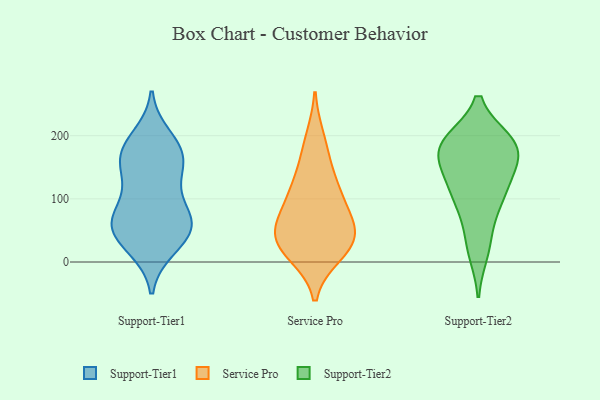
{"axis": {"x": "Temperature (°C)", "y": "Value"}, "legend": ["Service Pro", "Support-Tier1", "Support-Tier2"], "data": [{"x": "", "y": 22, "type": "Support-Tier1"}, {"x": "", "y": 50, "type": "Support-Tier1"}, {"x": "", "y": 51, "type": "Support-Tier1"}, {"x": "", "y": 164, "type": "Support-Tier1"}, {"x": "", "y": 24, "type": "Support-Tier1"}, {"x": "", "y": 168, "type": "Support-Tier1"}, {"x": "", "y": 186, "type": "Support-Tier1"}, {"x": "", "y": 64, "type": "Support-Tier1"}, {"x": "", "y": 125, "type": "Support-Tier1"}, {"x": "", "y": 76, "type": "Support-Tier1"}, {"x": "", "y": 168, "type": "Support-Tier1"}, {"x": "", "y": 61, "type": "Support-Tier1"}, {"x": "", "y": 120, "type": "Support-Tier1"}, {"x": "", "y": 198, "type": "Support-Tier1"}, {"x": "", "y": 158, "type": "Support-Tier1"}, {"x": "", "y": 56, "type": "Support-Tier1"}, {"x": "", "y": 75, "type": "Support-Tier1"}, {"x": "", "y": 100, "type": "Service Pro"}, {"x": "", "y": 46, "type": "Service Pro"}, {"x": "", "y": 33, "type": "Service Pro"}, {"x": "", "y": 73, "type": "Service Pro"}, {"x": "", "y": 196, "type": "Service Pro"}, {"x": "", "y": 41, "type": "Service Pro"}, {"x": "", "y": 122, "type": "Service Pro"}, {"x": "", "y": 112, "type": "Service Pro"}, {"x": "", "y": 61, "type": "Service Pro"}, {"x": "", "y": 37, "type": "Service Pro"}, {"x": "", "y": 13, "type": "Service Pro"}, {"x": "", "y": 162, "type": "Service Pro"}, {"x": "", "y": 12, "type": "Service Pro"}, {"x": "", "y": 187, "type": "Support-Tier2"}, {"x": "", "y": 182, "type": "Support-Tier2"}, {"x": "", "y": 17, "type": "Support-Tier2"}, {"x": "", "y": 158, "type": "Support-Tier2"}, {"x": "", "y": 102, "type": "Support-Tier2"}, {"x": "", "y": 174, "type": "Support-Tier2"}, {"x": "", "y": 187, "type": "Support-Tier2"}, {"x": "", "y": 139, "type": "Support-Tier2"}, {"x": "", "y": 189, "type": "Support-Tier2"}, {"x": "", "y": 92, "type": "Support-Tier2"}, {"x": "", "y": 100, "type": "Support-Tier2"}, {"x": "", "y": 35, "type": "Support-Tier2"}, {"x": "", "y": 132, "type": "Support-Tier2"}, {"x": "", "y": 190, "type": "Support-Tier2"}]}